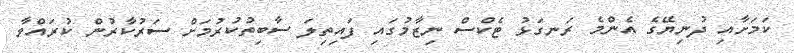
ކަމަށާއި ދުނިޔޭގެ އެންމެ ރަނގަޅު ޓެކްސް ނިޒާމުގައި ފައިތިލަ ސާބިތުކުރުމަށް ސަރުކާރުން ކުރައްވާ